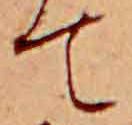
て